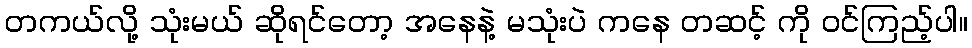
တကယ်လို့ သုံးမယ် ဆိုရင်တော့ အနေနဲ့ မသုံးပဲ ကနေ တဆင့် ကို ဝင်ကြည့်ပါ။